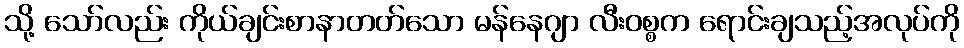
သို့ သော်လည်း ကိုယ်ချင်းစာနာတတ်သော မန်နေဂျာ လီးဝစ္စက ရောင်းချသည့်အလုပ်ကို